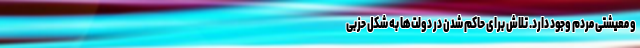
و معیشتی مردم وجود دارد. تلاش برای حاکم شدن در دولت‌ها به شکل حزبی